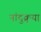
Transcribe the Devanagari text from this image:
नांदुक्र्या